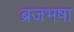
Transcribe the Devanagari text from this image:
ब्रजभषा